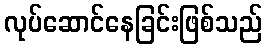
လုပ်ဆောင်နေခြင်းဖြစ်သည်